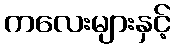
ကလေးများနှင့်